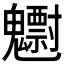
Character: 𱆠